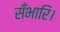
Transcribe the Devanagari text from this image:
सँभारि।